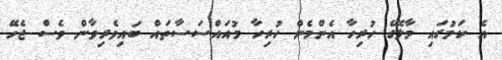
އެ ކަމުގައި މާލޭގެ ހުރިހާ އެންމެން ހުރިހާ މުއައްސަސާތައް ބައިވެރިވާން ވެސް ޖެހޭ